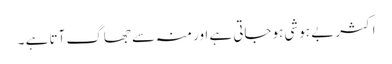
اکثر بے ہوشی ہوجاتی ہے اور منہ سے جھاگ آتا ہے ۔